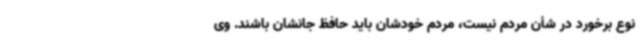
نوع برخورد در شأن مردم نیست، مردم خودشان باید حافظ جانشان باشند. وی